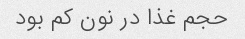
حجم غذا در نون کم بود